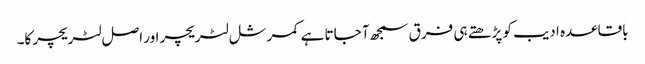
باقاعدہ ادیب کو پڑھتے ہی فرق سمجھ آ جاتا ہے کمرشل لٹریچر اور اصل لٹریچر کا۔